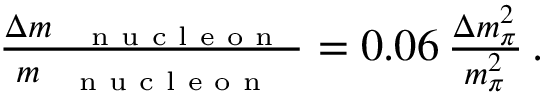
\begin{array} { r } { \frac { \Delta m _ { \mathrm { ~ \scriptsize ~ { ~ n ~ u ~ c ~ l ~ e ~ o ~ n ~ } ~ } } } { m _ { \mathrm { ~ \scriptsize ~ { ~ n ~ u ~ c ~ l ~ e ~ o ~ n ~ } ~ } } } = 0 . 0 6 \, \frac { \Delta m _ { \pi } ^ { 2 } } { m _ { \pi } ^ { 2 } } \, . } \end{array}